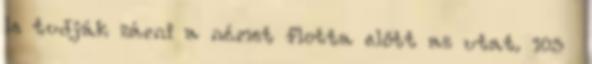
le tudják zárni a német flotta előtt az utat. 103